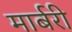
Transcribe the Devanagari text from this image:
मार्बरी